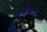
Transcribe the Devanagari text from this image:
राजावर्ताच्या